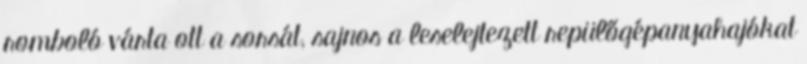
romboló várta ott a sorsát, sajnos a leselejtezett repülőgépanyahajókat